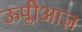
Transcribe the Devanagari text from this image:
ऊप्लीआज़